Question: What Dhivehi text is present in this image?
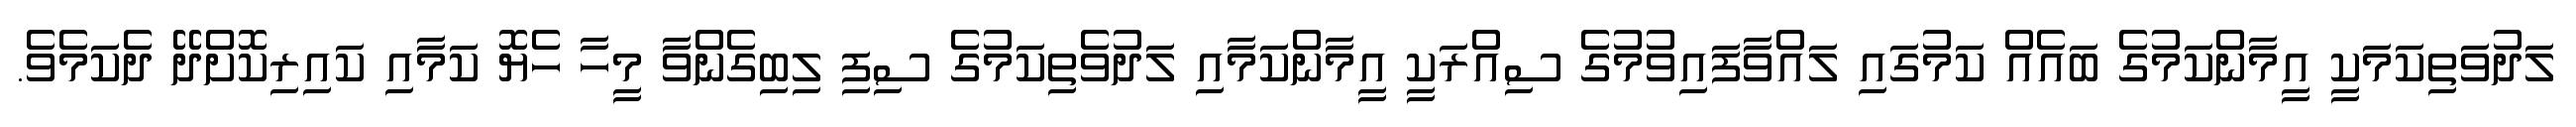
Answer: ލަދުވަތިކަމަކީ އީމާންކަމުގެ ބައެއް ކަމުގައި ލައްވާފައިވުމުގެ ސިއްރަކީ އީމާންކަމާއި ލަދުވެތިކަމުގެ ސިފި ލިބިގެންވާ މީހާ ހެޔޮ ކަމާއި ކައިރިކޮށްދޭ ދެކަމެވެ.